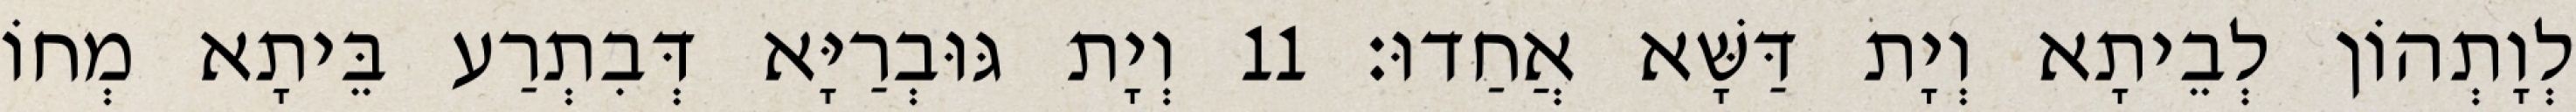
לְוָתְהוֹן לְבֵיתָא וְיָת דַּשָּׁא אֲחַדוּ׃ 11 וְיָת גּוּבְרַיָּא דְּבִתְרַע בֵּיתָא מְחוֹ